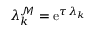
\lambda _ { k } ^ { \mathcal { M } } = \operatorname { e } ^ { \tau \lambda _ { k } }